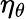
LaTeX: \eta_{\theta}